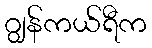
ဂျွန်ကယ်ရီက